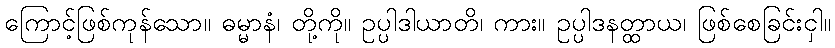
ကြောင့်ဖြစ်ကုန်သော။ ဓမ္မာနံ၊ တို့ကို။ ဥပ္ပါဒါယာတိ၊ ကား။ ဥပ္ပါဒနတ္ထာယ၊ ဖြစ်စေခြင်းငှါ။